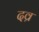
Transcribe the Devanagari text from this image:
दव्र